Civil Veterinary Department Bihar reports 1940-50 - 1940-1950
Year: 1940
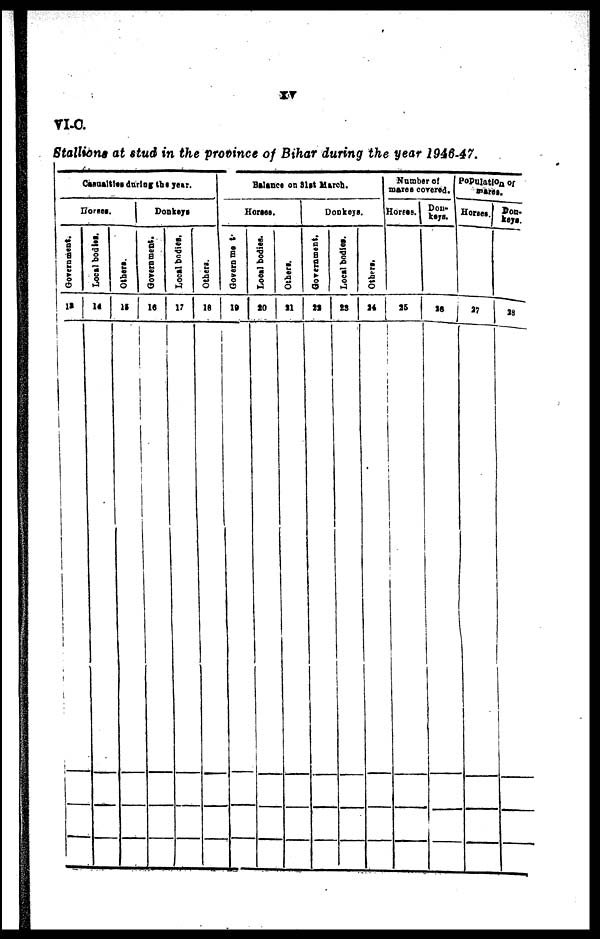
XV
VI.C.
Stallions at stud in the province of Bihar during the year 1946-47.
Casualties during the year.
Horses.
Government.
12
Local bodies.
14
Others.
15
Donkeys
Government.
16
Local bodies.
17
Others.
18
Balance on 31st March.
Horses.
Government.
10
Local bodies.
20
Others.
21
Donkeys.
Government,
22
Local bodies.
23
Others.
14
Number of
mares covered.
Horses.
|
25
Don-
keys.
Population of mares.
Horses.
27
Don-
keys.
18